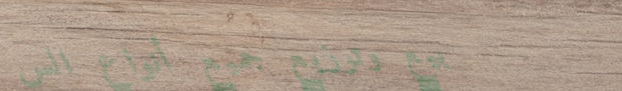
بيع وتوزيع جميع أنواع الس